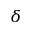
\delta